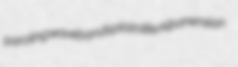
paroling wavebands plazolite Albanensian